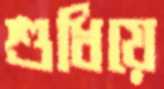
শুধিয়ে